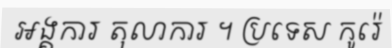
អង្គការ តុលាការ ។ ប្រទេស កូរ៉េ